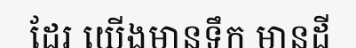
ដែរ យើងមានទឹក មានដី